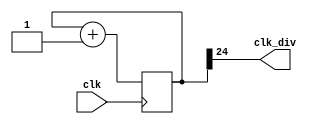
module clock_divider #(parameter n=25)(
    input clk,
    output clk_div
);
    reg [n-1:0] num=0;
    wire [n-1:0] next_num;

    always @(posedge clk) begin
        num <= next_num;
    end
    assign next_num = num+1;
    assign clk_div = num[n-1];
endmodule